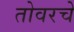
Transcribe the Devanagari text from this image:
तोवरचे